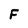
Character: F